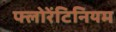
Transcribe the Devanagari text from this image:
फ्लोरेंटिनियम